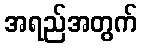
အရည်အတွက်